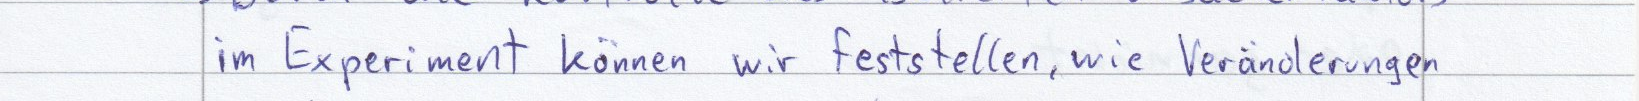
im Experiment können wir feststellen, wie Veränderungen